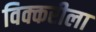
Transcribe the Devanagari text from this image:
विक्करीला